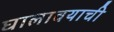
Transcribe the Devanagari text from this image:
घालावयाची